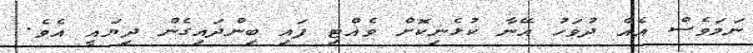
ނަމަވެސް އެއް ދުވަހު އޭނާ ކުޅެނިކޮށް ވެއްޓި ފައި ބިންދައިގެން ދިޔައީ އެވެ.